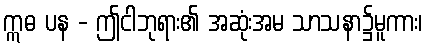
ဣဓ ပန - ဤငါဘုရား၏ အဆုံးအမ သာသနာ၌မူကား၊